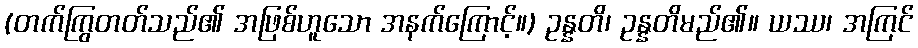
(တက်ကြွတတ်သည်၏ အဖြစ်ဟူသော အနက်ကြောင့်။) ဥန္နတိ၊ ဥန္နတိမည်၏။ ယဿ၊ အကြင်